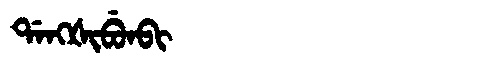
Manchu: ᡩᠠᠩᡧᡳᠪᡠᠨᠪᡳ
Romanization: DANGŠIBUNBI